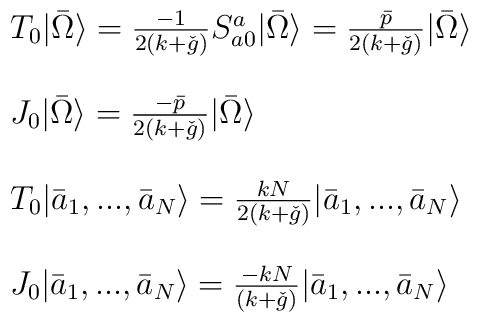
\begin{array}{l}T_{0} | \bar{\Omega} \rangle = \frac{-1}{2(k+\check{g})} S_{a0}^{a}|\bar{\Omega} \rangle = \frac{\bar{p}}{2(k+\check{g})} |\bar{\Omega} \rangle \\\ \\J_{0} | \bar{\Omega} \rangle = \frac{-\bar{p}}{2(k+\check{g})}|\bar{\Omega} \rangle  \\\ \\T_{0} |\bar{a}_{1},...,\bar{a}_{N} \rangle = \frac{kN}{2(k+\check{g})}|\bar{a}_{1},...,\bar{a}_{N} \rangle \\\  \\J_{0} |\bar{a}_{1},...,\bar{a}_{N} \rangle = \frac{-kN}{(k+\check{g})}|\bar{a}_{1},...,\bar{a}_{N} \rangle\end{array}